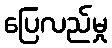
ပြေလည်မှု